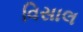
વિસાલ